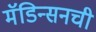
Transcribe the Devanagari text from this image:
मॅडिन्सनची